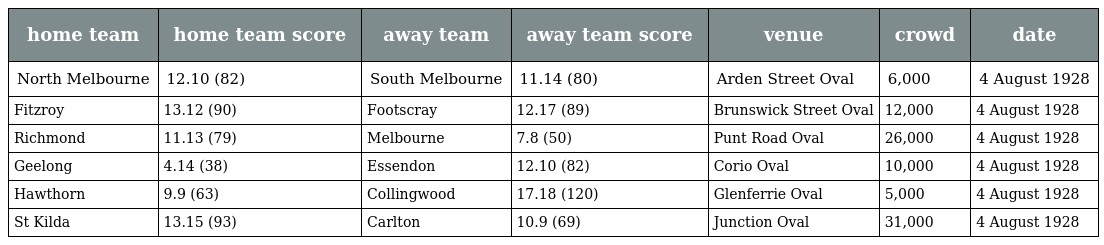
| home team | home team score | away team | away team score | venue | crowd | date |
 | --- | --- | --- | --- | --- | --- | --- |
 | North Melbourne | 12.10 (82) | South Melbourne | 11.14 (80) | Arden Street Oval | 6,000 | 4 August 1928 |
 | Fitzroy | 13.12 (90) | Footscray | 12.17 (89) | Brunswick Street Oval | 12,000 | 4 August 1928 |
 | Richmond | 11.13 (79) | Melbourne | 7.8 (50) | Punt Road Oval | 26,000 | 4 August 1928 |
 | Geelong | 4.14 (38) | Essendon | 12.10 (82) | Corio Oval | 10,000 | 4 August 1928 |
 | Hawthorn | 9.9 (63) | Collingwood | 17.18 (120) | Glenferrie Oval | 5,000 | 4 August 1928 |
 | St Kilda | 13.15 (93) | Carlton | 10.9 (69) | Junction Oval | 31,000 | 4 August 1928 |